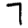
Digit: 7